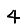
Digit: 4